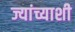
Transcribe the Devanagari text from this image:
ज्यांच्याशी